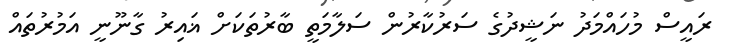
ރައީސް މުހައްމަދު ނަޝީދުގެ ސަރުކާރުން ސަލާމަތީ ބާރުތަކަށް ޣައިރު ގާނޫނީ އަމުރުތައް